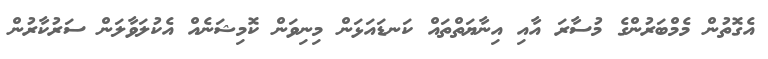
އެގޮތުން މެމްބަރުންގެ މުސާރަ އާއި އިނާޔަތްތައް ކަނޑައަޅަން މިނިވަން ކޮމިޝަނެއް އެކުލަވާލަން ސަރުކާރުން